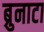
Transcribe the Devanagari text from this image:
ब्रुनाटा